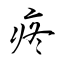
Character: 疼